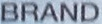
BRAND